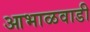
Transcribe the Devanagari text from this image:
आभाळवाडी